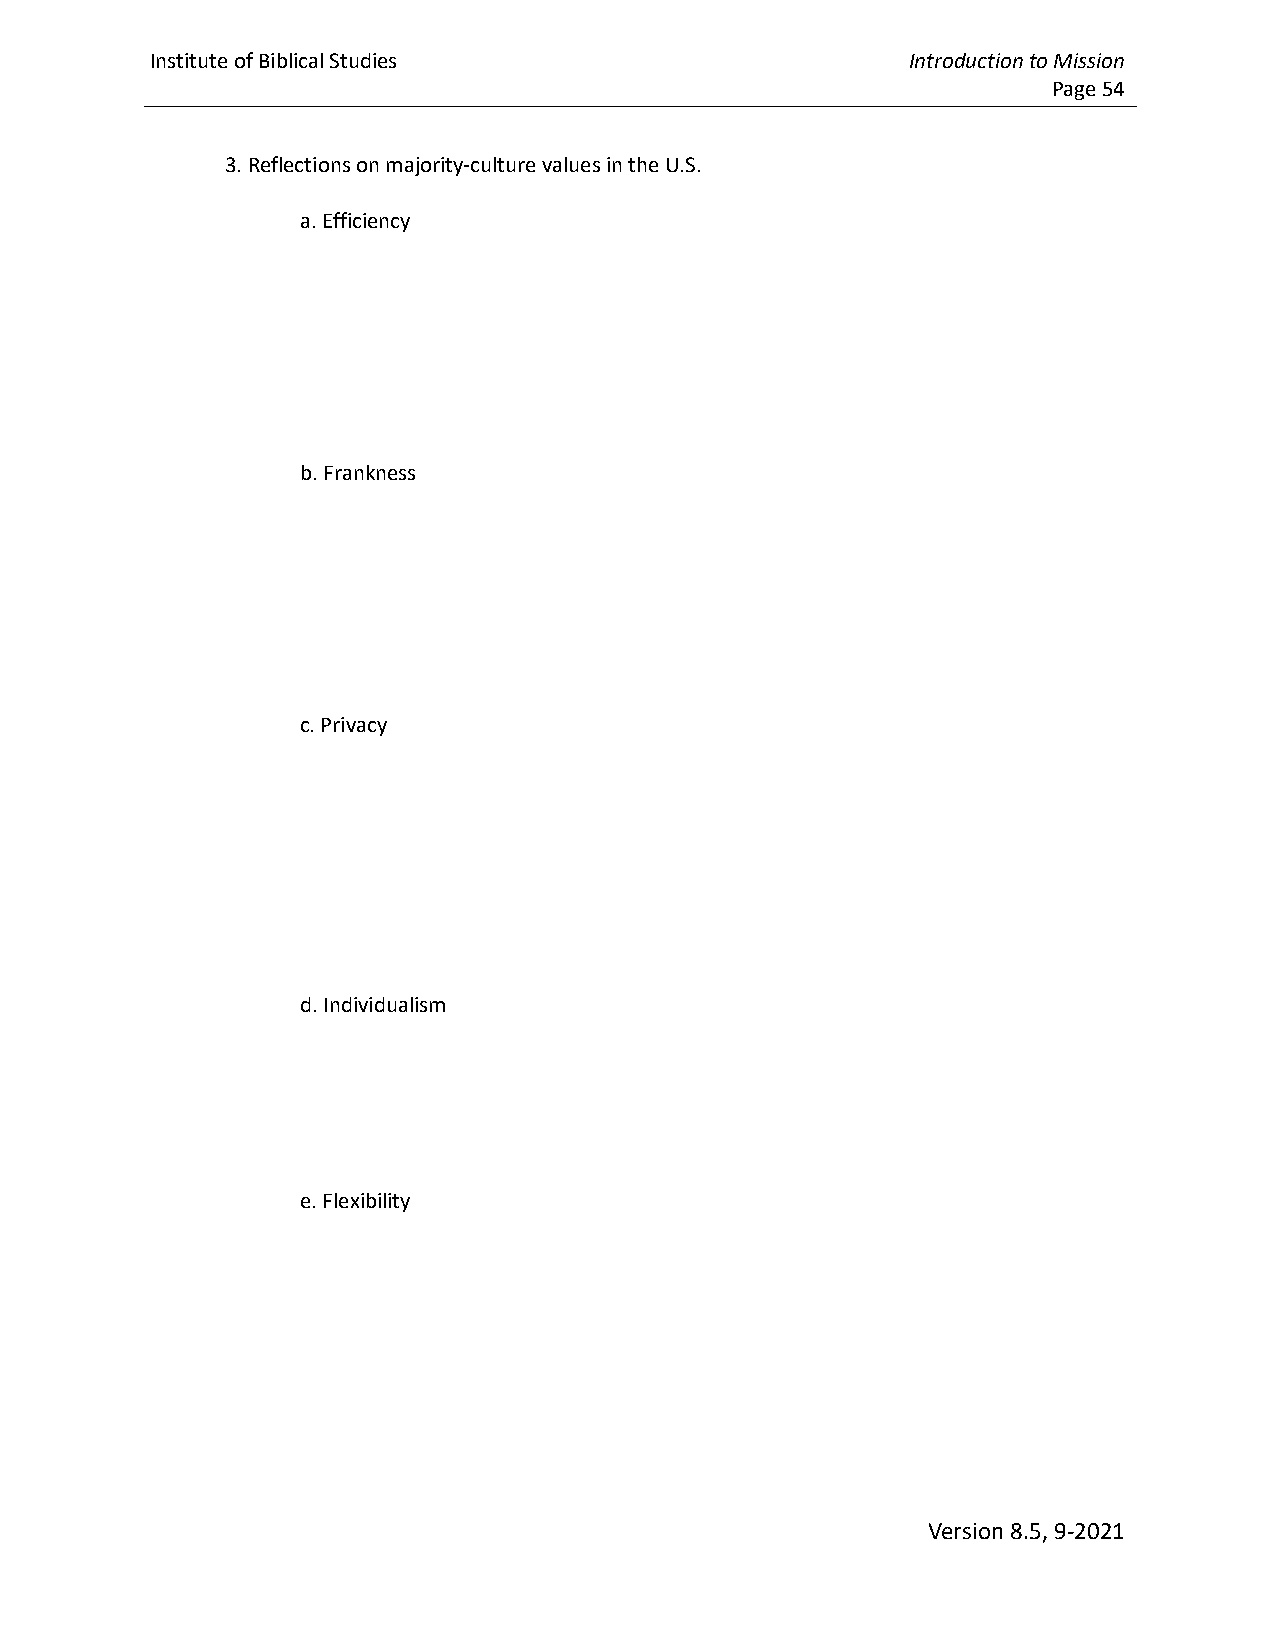
Institute of Biblical Studies                     Introduction to Mission
 Page 54
 3. Reflections on majority-culture values in the U.S.
 a. Efficiency
 b. Frankness
 c. Privacy
 d. Individualism
 e. Flexibility
 Version 8.5, 9-2021